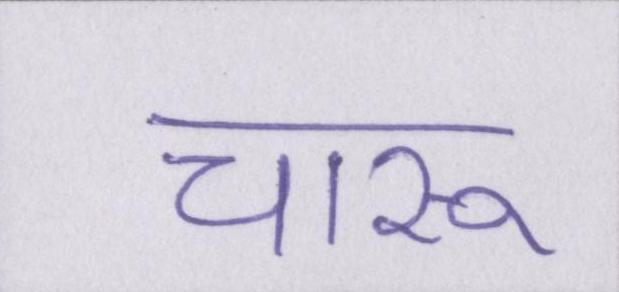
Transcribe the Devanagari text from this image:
चारू